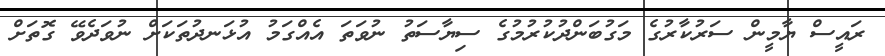
ރައީސް ޔާމީން ސަރުކާރުގެ މަގުބަންދުކުރުމުގެ ސިޔާސަތު ނުވަތަ އެއްގަމު އުޅަނދުތަކަށް ނުވަދެވޭ ގޮތަށް